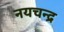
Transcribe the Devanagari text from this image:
नयचन्द्र